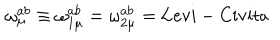
\qquad \qquad \omega _ { \mu } ^ { a b } \equiv \omega _ { 1 \mu } ^ { a b } = \omega _ { 2 \mu } ^ { a b } = \mathrm { L e v i - C i v i t a }